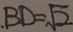
. B D = \sqrt { 2 }